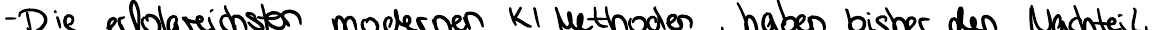
- Die erfolgreichsten modernen KI Methoden haben bisher den Nachteil